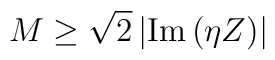
M\geq\sqrt{2}\left|{\rm Im}\,(\eta Z)\right|